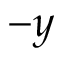
- y